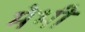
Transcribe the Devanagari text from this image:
मेभी